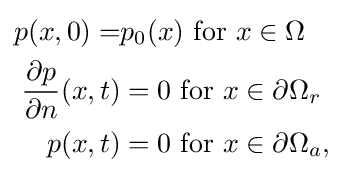
{\begin{aligned}p(x,0)=&p_{0}(x){\hbox{ for }}x\in \Omega \\{\frac {\partial p}{\partial n}}(x,t)&=0{\hbox{ for }}x\in \partial \Omega _{r}\\p(x,t)&=0{\hbox{ for }}x\in \partial \Omega _{a},\end{aligned}}